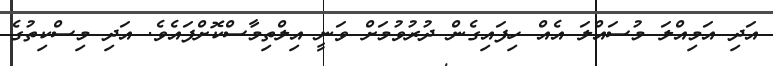
އަދި އަމިއްލަ މުސައްލަ އެއް ހިފައިގެން ދުރުވުމަށް ވަނީ އިލްތިމާސްކޮށްފައެވެ. އަދި މިސްކިތުގެ